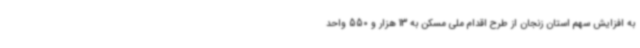
به افزایش سهم استان زنجان از طرح اقدام ملی مسکن به 13 هزار و 550 واحد